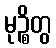
မုဉ္စိတွ